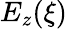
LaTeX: E_{z}(\xi)